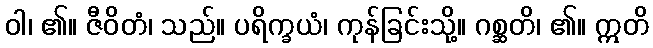
ဝါ၊ ၏။ ဇီဝိတံ၊ သည်။ ပရိက္ခယံ၊ ကုန်ခြင်းသို့။ ဂစ္ဆတိ၊ ၏။ ဣတိ